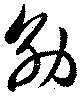
効